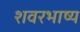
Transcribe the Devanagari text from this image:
शवरभाष्य